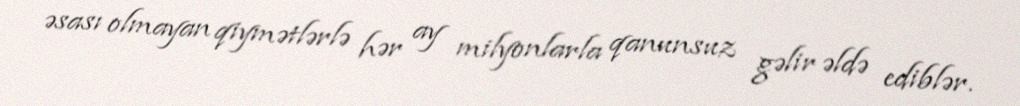
əsası olmayan qiymətlərlə hər ay milyonlarla qanunsuz gəlir əldə ediblər.